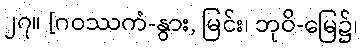
၂၇။ [ဂဝဿကံ-နွား, မြင်း၊ ဘုဝိ-မြေ၌၊